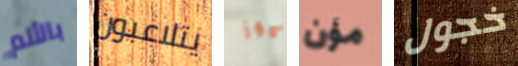
بالألم يتلاعبون موز مؤن خجول